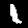
Digit: 1